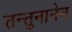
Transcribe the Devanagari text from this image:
तन्तुनानेन